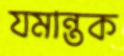
যমান্তক